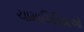
ચામાચિડિયાઓ